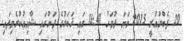
20 ފެބްރުއުރީ 2015 ވަނަ ދުވަހު 16:41 ގައި ޚަބަރުގެ ދަށުގައި ޝާއިޢުކުރެވިފައި.